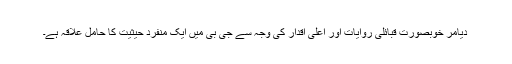
دیامر خوبصورت قبائلی روایات اور اعلیٰ اقدار کی وجہ سے جی بی میں ایک منفرد حیثیت کا حامل علاقہ ہے۔